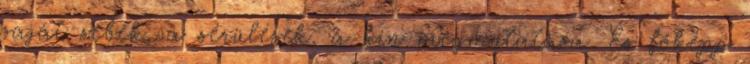
saját sebek, a sérülések, a kín megmutatása. És főképp